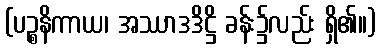
(ပဉ္စနိကာယ၊ အဿာဒဒိဋ္ဌိ ခန်း၌လည်း ရှိ၏။)